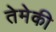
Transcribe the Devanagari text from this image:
तेमेकी